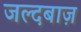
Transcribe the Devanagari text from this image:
जल्दबाज़